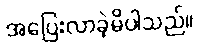
အပြေးလာခဲ့မိပါသည်။